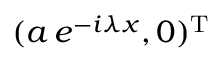
( a \, e ^ { - i \lambda x } , 0 ) ^ { \mathrm { T } }